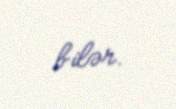
bilər.